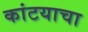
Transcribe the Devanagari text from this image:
कांटयाचा